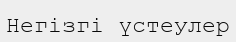
Негізгі үстеулер